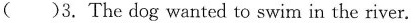
( )3. The dog wanted to swim in the river.